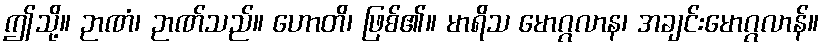
ဤသို့။ ဉာဏံ၊ ဉာဏ်သည်။ ဟောတိ၊ ဖြစ်၏။ မာရိသ မောဂ္ဂလာန၊ အချင်းမောဂ္ဂလာန်။